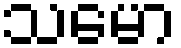
သမော